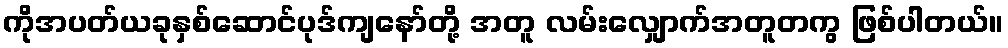
ကိုအပတ်ယခုနှစ်ဆောင်ပုဒ်ကျနော်တို့ အတူ လမ်းလျှောက်အတူတကွ ဖြစ်ပါတယ်။